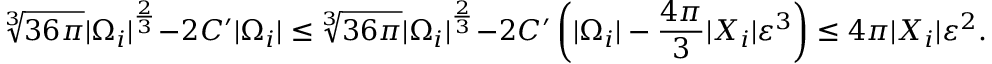
\sqrt [ 3 ] { 3 6 \pi } | \Omega _ { i } | ^ { \frac { 2 } { 3 } } - 2 C ^ { \prime } | \Omega _ { i } | \leq \sqrt [ 3 ] { 3 6 \pi } | \Omega _ { i } | ^ { \frac { 2 } { 3 } } - 2 C ^ { \prime } \left( | \Omega _ { i } | - \frac { 4 \pi } { 3 } | X _ { i } | \varepsilon ^ { 3 } \right) \leq 4 \pi | X _ { i } | \varepsilon ^ { 2 } .